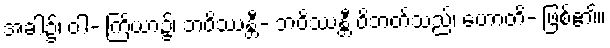
အခါ၌၊ ဝါ- ကြိယာ၌၊ ဘဝိဿန္တီ- ဘဝိဿန္တီ ဝိဘတ်သည်၊ ဟောတိ- ဖြစ်၏။